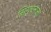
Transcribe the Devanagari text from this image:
सिगुएनज़ा